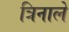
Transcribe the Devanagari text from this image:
त्रिनाले